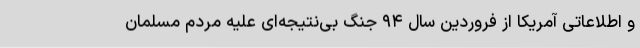
و اطلاعاتی آمریکا از فروردین سال ۹۴ جنگ بی‌نتیجه‌ای علیه مردم مسلمان